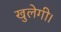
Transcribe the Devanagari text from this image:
खुलेगी।